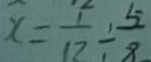
x = \frac { 1 } { 1 2 } \div \frac { 5 } { 8 }